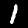
Label: 1